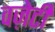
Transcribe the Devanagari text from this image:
वज़ेटी